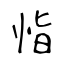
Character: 恉